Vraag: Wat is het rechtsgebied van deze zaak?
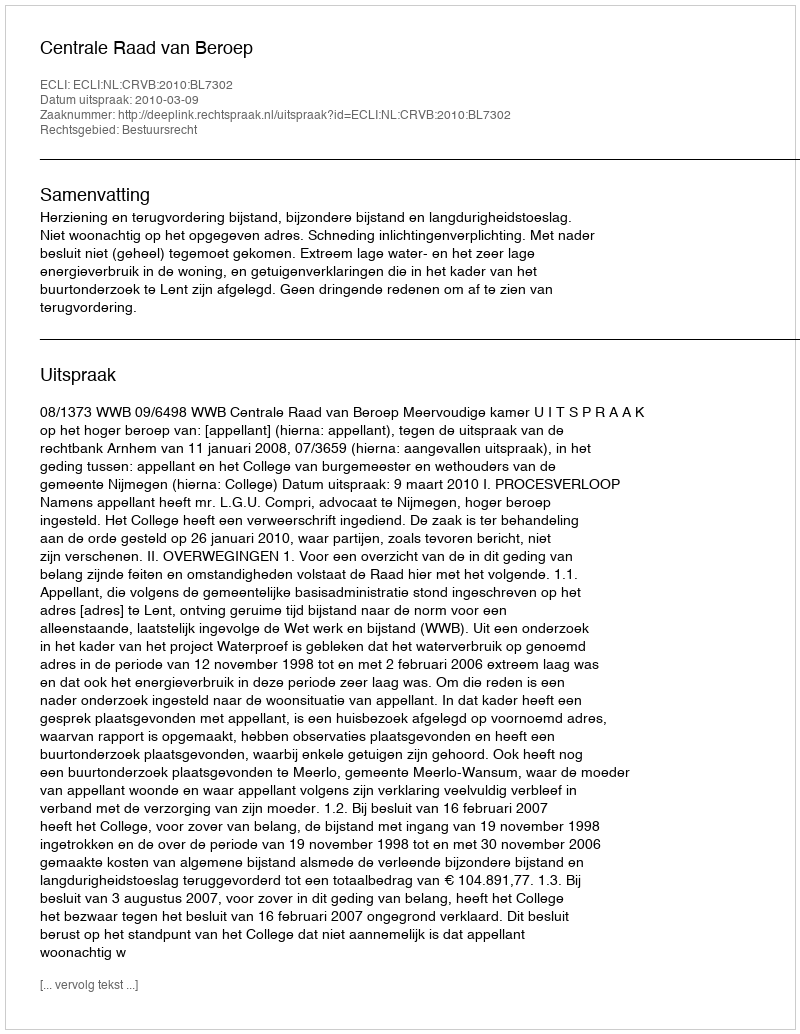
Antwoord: Bestuursrecht